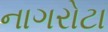
નાગરોટા